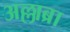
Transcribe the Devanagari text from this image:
अल्लाब्रा